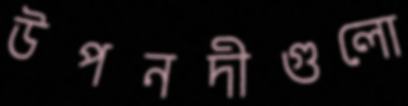
উপনদীগুলো